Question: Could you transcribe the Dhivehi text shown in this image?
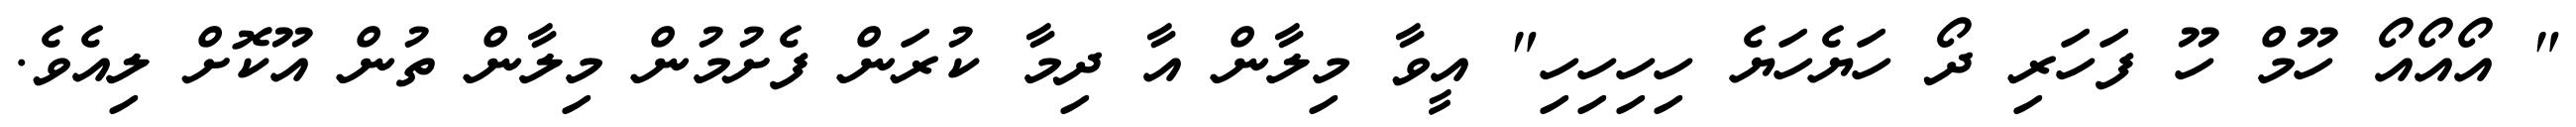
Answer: " އޯއޯއޯ ހޫމް ހޫ ފަހަރި ދޯ ހަޔެހަޔެ ހިހިހިހި" އީވާ މިލާން އާ ދިމާ ކުރަން ފެށުމުން މިލާން ތުން އޫކޮށް ލިއެވެ.